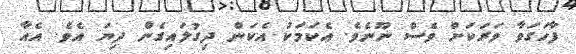
ފާހަގަވާ ވަރަކަށް ވެސް ނޫނެވެ. އެކަމަކު އެކަން ދިގުލައިގެން ދިޔަ އެވެ. އެއާ